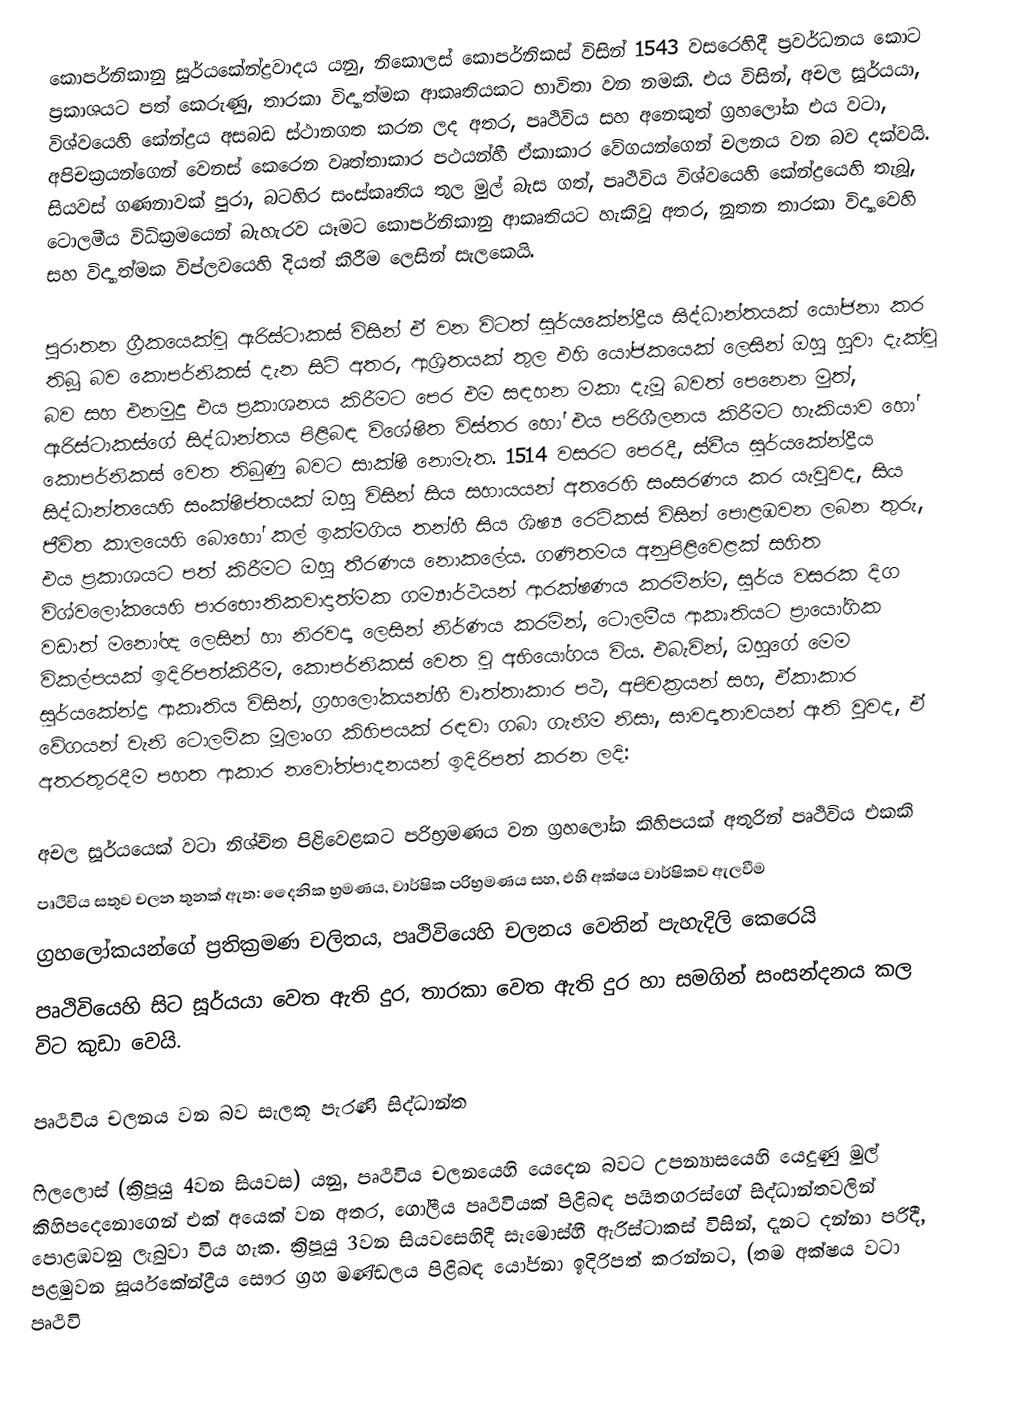
කොපර්නිකානු සූර්යකේන්ද්‍රවාදය යනු, නිකොලස් කොපර්නිකස් විසින්  1543 වසරෙහිදී ප්‍රවර්ධනය කොට ප්‍රකාශයට පත් කෙරුණු,  තාරකා විද්‍යාත්මක ආකෘතියකට භාවිතා වන නමකි. එය විසින්, අචල සූර්යයා,  විශ්වයෙහි කේන්ද්‍රය අසබඩ ස්ථානගත කරන ලද අතර, පෘථිවිය සහ අනෙකුත් ග්‍රහලෝක එය වටා, අපිචක්‍රයන්ගෙන් වෙනස් කෙරෙන වෘත්තාකාර පථයන්හී ඒකාකාර වේගයන්ගෙන් චලනය වන බව දක්වයි. සියවස් ගණනාවක් පුරා, බටහිර සංස්කෘතිය තුල මුල් බැස ගත්, පෘථිවිය  විශ්වයෙහි කේන්ද්‍රයෙහි තැබූ, ටොලමීය විධික්‍රමයෙන් බැහැරව යෑමට කොපර්නිකානු ආකෘතියට හැකිවූ අතර, නූතන  තාරකා විද්‍යාවෙහි සහ විද්‍යාත්මක විප්ලවයෙහි දියත් කිරීම ලෙසින් සැලකෙයි.

පුරාතන ග්‍රීකයෙක්වූ  ඇරිස්ටාකස් විසින් ඒ වන විටත් සූර්යකේන්ද්‍රීය සිද්ධාන්තයක් යෝජනා කර තිබූ බව කොපර්නිකස් දැන සිටි අතර, ආශ්‍රිතයක් තුල එහි යෝජකයෙක් ලෙසින් ඔහු හුවා දැක්වූ බව සහ  එනමුදු එය ප්‍රකාශනය කිරීමට පෙර එම සඳහන මකා දැමූ බවත් පෙනෙන මුත්, ඇරිස්ටාකස්ගේ සිද්ධාන්තය පිළිබඳ විශේෂිත විස්තර හෝ එය පරිශීලනය කිරීමට හැකියාව හෝ කොපර්නිකස් වෙත තිබුණු බවට සාක්ෂි නොමැත.  1514 වසරට පෙරදී, ස්වීය සූර්යකේන්ද්‍රීය සිද්ධාන්තයෙහි සංක්ෂිප්තයක් ඔහු විසින් සිය සහායයන් අතරෙහි සංසරණය කර යැවුවද, සිය ජීවිත කාලයෙහි බොහෝ කල් ඉක්මගිය තන්හී සිය ශිෂ්‍ය  රෙටිකස් විසින් පොළඹවන ලබන තුරු, එය ප්‍රකාශයට පත් කිරීමට ඔහු තීරණය නොකලේය. ගණිතමය අනුපිළිවෙළක් සහිත විශ්වලෝකයෙහි පාරභෞතිකවාදාත්මක ගම්‍යාර්ථයන් ආරක්ෂණය කරමින්ම, සූර්ය වසරක දිග  වඩාත් මනෝඥ ලෙසින් හා නිරවද්‍ය ලෙසින් නිර්ණය කරමින්, ටොලමීය ආකෘතියට ප්‍රායෝගික විකල්පයක් ඉදිරිපත්කිරීම, කොපර්නිකස් වෙත වූ අභියෝගය විය. එබැවින්, ඔහුගේ මෙම සූර්යකේන්ද්‍ර ආකෘතිය විසින්, ග්‍රහලෝකයන්හී වෘත්තාකාර පථ, අපිචක්‍රයන් සහ, ඒකාකාර වේගයන් වැනි ටොලමික මූලාංග කිහිපයක් රඳවා ගබා ගැනීම නිසා, සාවද්‍යතාවයන් ඇති වුවද,  ඒ අතරතුරදීම පහත ආකාර නවෝත්පාදනයන් ඉදිරිපත් කරන ලදි:

අචල සූර්යයෙක් වටා නිශ්චිත පිළිවෙළකට පරිභ්‍රමණය වන ග්‍රහලෝක කිහිපයක් අතුරින් පෘථිවිය එකකි
පෘථිවිය සතුව චලන තුනක් ඇත: දෛනික භ්‍රමණය, වාර්ෂික පරිභ්‍රමණය සහ, එහි අක්ෂය වාර්ෂිකව ඇලවීම
ග්‍රහලෝකයන්ගේ ප්‍රතික්‍රමණ  චලිතය, පෘථිවියෙහි චලනය වෙතින් පැහැදිලි කෙරෙයි
පෘථිවියෙහි සිට සූර්යයා වෙත ඇති දුර, තාරකා වෙත ඇති දුර හා සමගින් සංසන්දනය කල විට කුඩා වෙයි.

පෘථිවිය චලනය වන බව සැලකූ පැරණි සිද්ධාන්ත

ෆිලලොස් (ක්‍රිපූයු 4වන සියවස) යනු, පෘථිවිය චලනයෙහි යෙදෙන බවට උපන්‍යාසයෙහි යෙදුණු මුල් කිහිපදෙනොගෙන්   එක් අයෙක් වන අතර,  ගෝලීය පෘථිවියක් පිළිබඳ පයිතගරස්ගේ සිද්ධාන්තවලින් පොළඹවනු ලැබුවා විය හැක. ක්‍රිපූයු 3වන සියවසෙහිදී සැමොස්හී ඇරිස්ටාකස් විසින්,  දැනට දන්නා පරිදී, පළමුවන සූර්යකේන්ද්‍රීය  සෞර ග්‍රහ මණ්ඩලය පිළිබඳ යෝජනා ඉදිරිපත් කරන්නට, (තම අක්ෂය වටා පෘථිවි